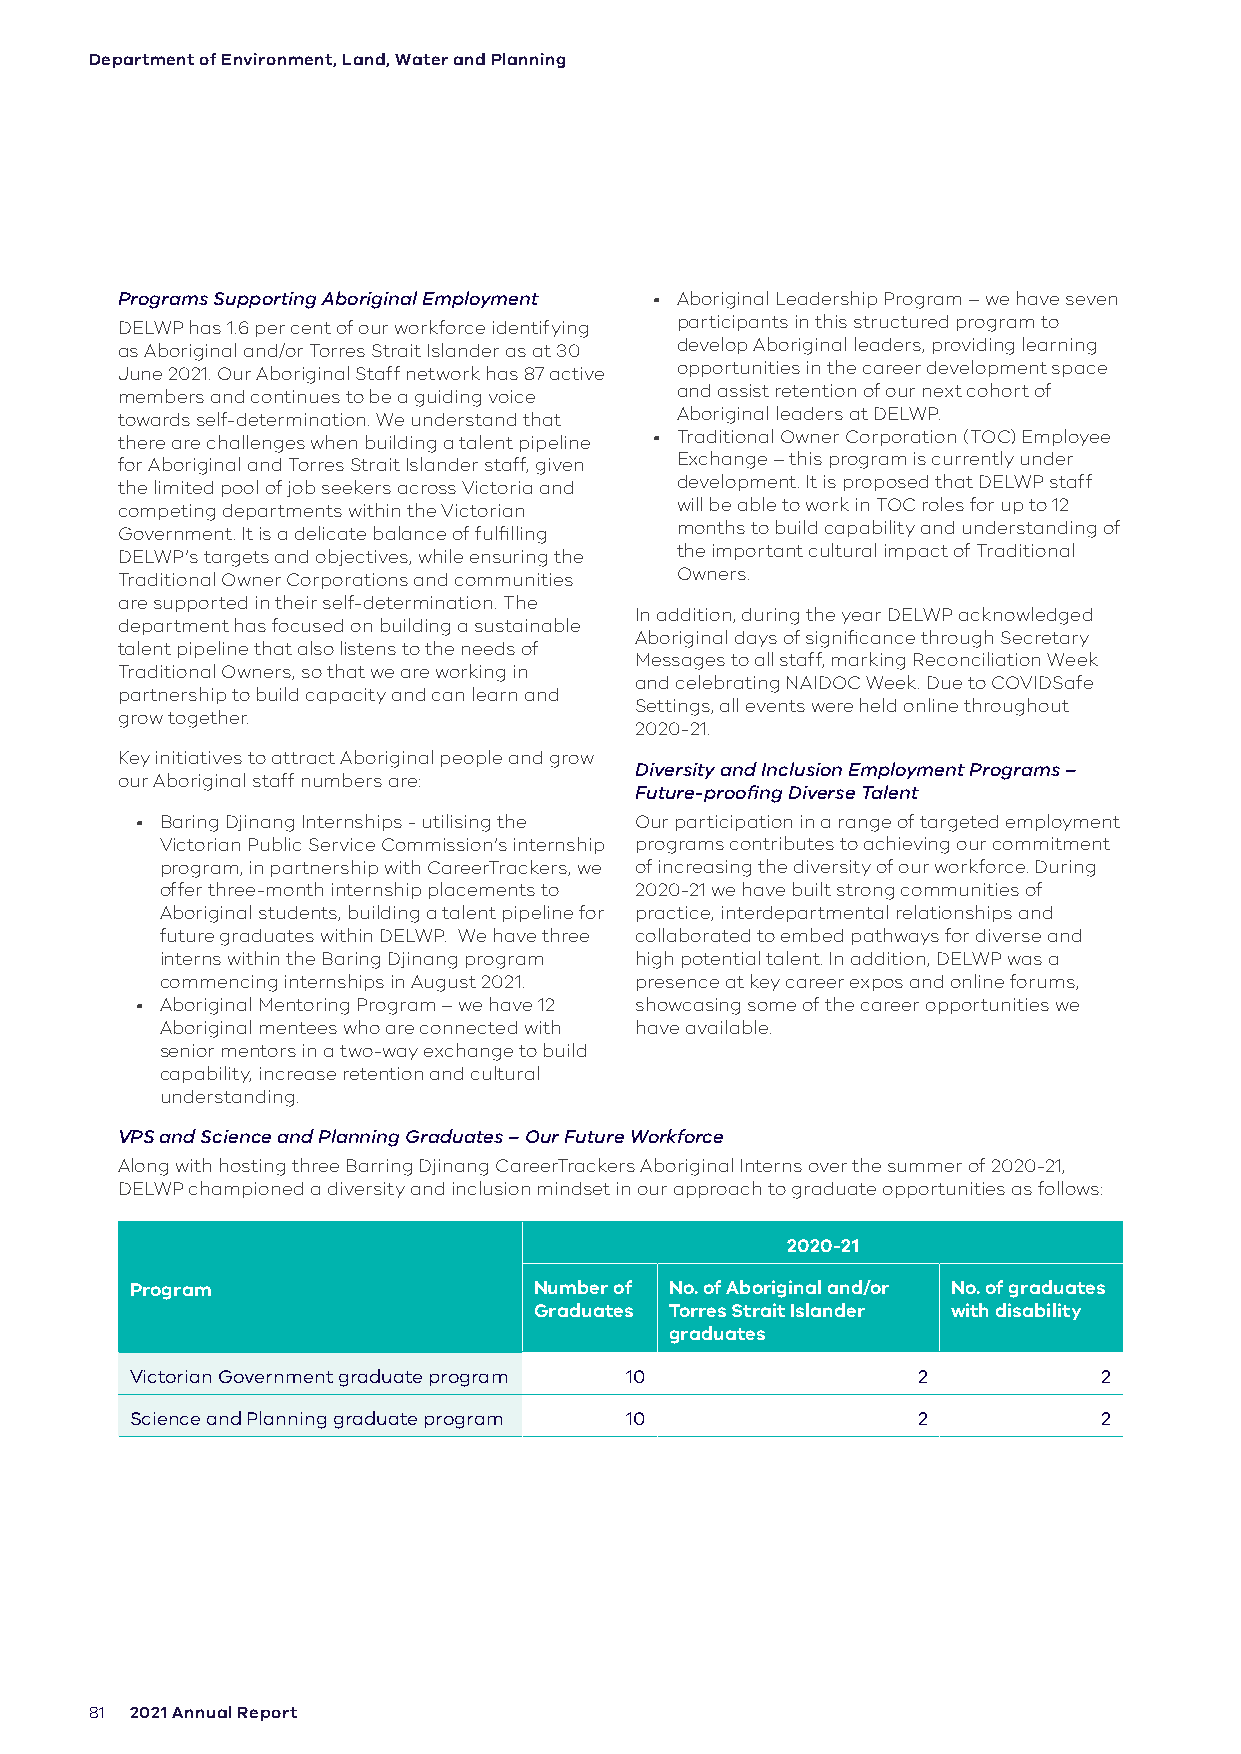
Department of Environment, Land, Water and Planning
 Programs Supporting Aboriginal Employment • Aboriginal Leadership Program – we have seven
 DELWP has 1.6 per cent of our workforce identifying participants in this structured program to
 as Aboriginal and/or Torres Strait Islander as at 30 develop Aboriginal leaders, providing learning
 June 2021. Our Aboriginal Staff network has 87 active opportunities in the career development space
 members and continues to be a guiding voice and assist retention of our next cohort of
 towards self-determination. We understand that Aboriginal leaders at DELWP.
 there are challenges when building a talent pipeline • Traditional Owner Corporation (TOC) Employee
 for Aboriginal and Torres Strait Islander staff, given Exchange – this program is currently under
 the limited pool of job seekers across Victoria and development. It is proposed that DELWP staff
 competing departments within the Victorian will be able to work in TOC roles for up to 12
 Government. It is a delicate balance of fulfilling months to build capability and understanding of
 DELWP’s targets and objectives, while ensuring the the important cultural impact of Traditional
 Traditional Owner Corporations and communities Owners.
 are supported in their self-determination. The
 In addition, during the year DELWP acknowledged
 department has focused on building a sustainable
 Aboriginal days of significance through Secretary
 talent pipeline that also listens to the needs of
 Messages to all staff, marking Reconciliation Week
 Traditional Owners, so that we are working in
 and celebrating NAIDOC Week. Due to COVIDSafe
 partnership to build capacity and can learn and
 Settings, all events were held online throughout
 grow together.
 2020-21.
 Key initiatives to attract Aboriginal people and grow
 Diversity and Inclusion Employment Programs –
 our Aboriginal staff numbers are:
 Future-proofing Diverse Talent
 • Baring Djinang Internships - utilising the Our participation in a range of targeted employment
 Victorian Public Service Commission’s internship programs contributes to achieving our commitment
 program, in partnership with CareerTrackers, we of increasing the diversity of our workforce. During
 offer three-month internship placements to 2020-21 we have built strong communities of
 Aboriginal students, building a talent pipeline for practice, interdepartmental relationships and
 future graduates within DELWP. We have three collaborated to embed pathways for diverse and
 interns within the Baring Djinang program high potential talent. In addition, DELWP was a
 commencing internships in August 2021. presence at key career expos and online forums,
 • Aboriginal Mentoring Program – we have 12 showcasing some of the career opportunities we
 Aboriginal mentees who are connected with have available.
 senior mentors in a two-way exchange to build
 capability, increase retention and cultural
 understanding.
 VPS and Science and Planning Graduates – Our Future Workforce
 Along with hosting three Barring Djinang CareerTrackers Aboriginal Interns over the summer of 2020-21,
 DELWP championed a diversity and inclusion mindset in our approach to graduate opportunities as follows:
 2020-21
 Program                   Number of No. of Aboriginal and/or No. of graduates
 Graduates Torres Strait Islander with disability
 graduates
 Victorian Government graduate program 10            2           2
 Science and Planning graduate program 10            2           2
 81 2021 Annual Report